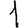
Digit: 1